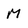
Character: M